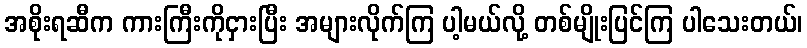
အစိုးရဆီက ကားကြီးကိုငှားပြီး အများလိုက်ကြ ပါ့မယ်လို့ တစ်မျိုးပြင်ကြ ပါသေးတယ်၊